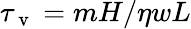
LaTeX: \tau_{\mathrm{~v~}}=mH/\eta wL